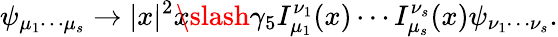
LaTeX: \psi_{\mu_{1}\cdots\mu_{s}}\rightarrow|x|^{2}x\! \! \! \slash\gamma_{5}I_{\mu_{1}}^{\nu_{1}}(x)\cdots I_{\mu_{s}}^{\nu_{s}}(x)\psi_{\nu_{1}\cdots\nu_{s}}.